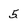
Character: 5